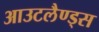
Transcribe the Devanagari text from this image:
आउटलैण्ड्स